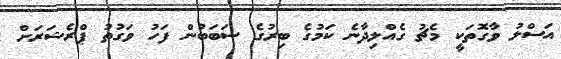
އަސްލު ވާގޮތަކީ މެޗު ގެއްލިދާނެ ކަމުގެ ބިރުގެ ސަބަބުން ފަހު ވަގުތު ޕްރެޝަރަށް